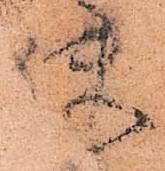
使